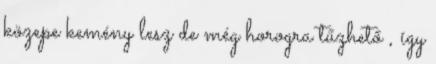
közepe kemény lesz de még horogra tűzhető , így